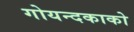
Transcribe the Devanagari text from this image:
गोयन्‍दकाको